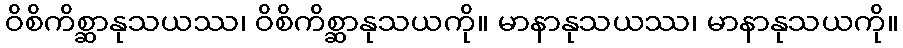
ဝိစိကိစ္ဆာနုသယဿ၊ ဝိစိကိစ္ဆာနုသယကို။ မာနာနုသယဿ၊ မာနာနုသယကို။